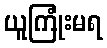
ယူကြုံးမရ